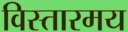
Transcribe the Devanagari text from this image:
विस्तारमय